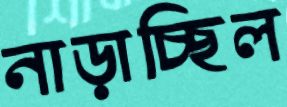
নাড়াচ্ছিল